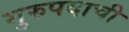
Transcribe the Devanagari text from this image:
गुरुपदाची